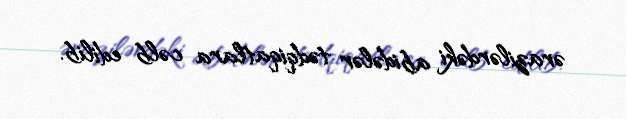
ərazilərdəki abidələr tədqiqatlara cəlb edilib.